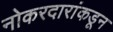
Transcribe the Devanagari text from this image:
नोकरदारांकडून